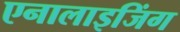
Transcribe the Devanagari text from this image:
एनालाइजिंग